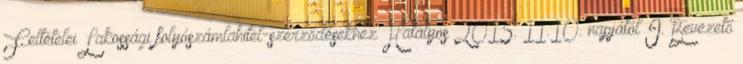
Feltételei Lakossági folyószámlahitel-szerződésekhez Hatályos 2015. 11.10. napjától I. Bevezető